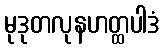
မုဒုတလုနဟတ္ထပါဒံ